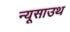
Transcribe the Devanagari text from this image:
न्यूसाउथ